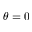
\theta = 0